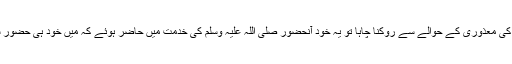
پھر اولاد نے ان کو اُن کی معذوری کے حوالے سے روکنا چاہا تو یہ خود آنحضور صلی اللہ علیہ وسلم کی خدمت میں حاضر ہوئے کہ میں خود ہی حضور سے اجازت لے لوں گا۔